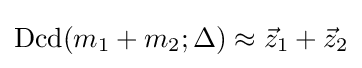
{\text{Dcd}}(m_{1}+m_{2};\Delta )\approx {\vec {z}}_{1}+{\vec {z}}_{2}